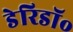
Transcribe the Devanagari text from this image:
डेरिडॉ॰